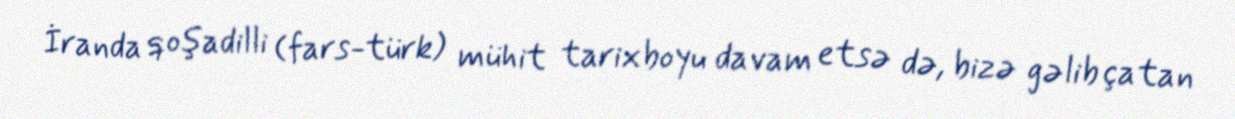
İranda qoşadilli (fars-türk) mühit tarixboyu davam etsə də, bizə gəlib çatan